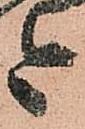
今